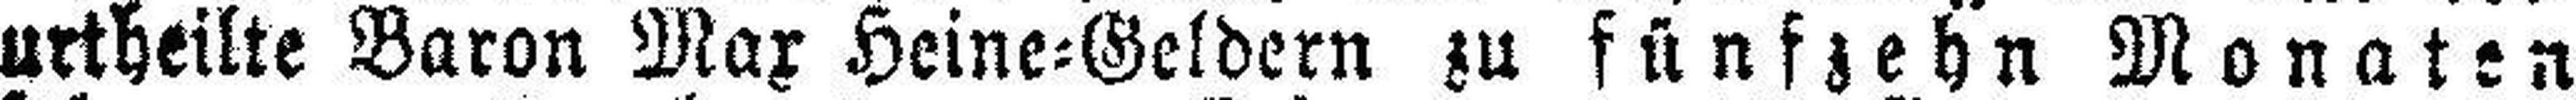
urtheilte Baron Max Heine=Geldern zu fünfzehn Monaten